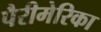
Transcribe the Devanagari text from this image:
पैरीमेरिका